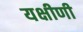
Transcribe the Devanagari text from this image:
यक्षीणी